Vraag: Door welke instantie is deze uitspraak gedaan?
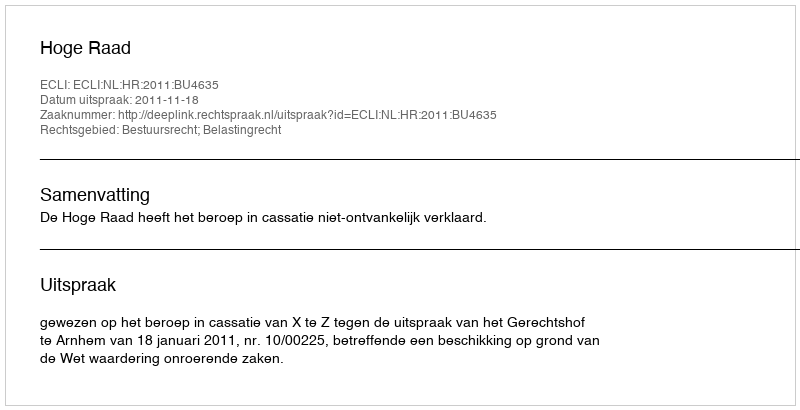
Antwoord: Hoge Raad